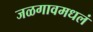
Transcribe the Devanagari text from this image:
जळगावमधलं